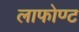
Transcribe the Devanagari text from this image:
लाफोण्ट